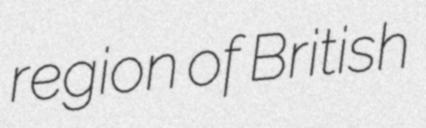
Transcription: region of British